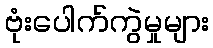
ဗုံးပေါက်ကွဲမှုများ